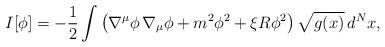
LaTeX: \begin{align*}I[\phi]=- {1\over 2}\int \left(\nabla^\mu\phi\,\nabla_{\mu}\phi+m^2\phi^2+\xi R\phi^2\right)\sqrt{g(x)}\,d^Nx,\end{align*}